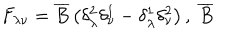
LaTeX: F _ { \lambda \nu } = \overline { { { B } } } \left( \delta _ { \lambda } ^ { 2 } \delta _ { \nu } ^ { 1 } - \delta _ { \lambda } ^ { 1 } \delta _ { \nu } ^ { 2 } \right) , \; \overline { { { B } } }